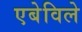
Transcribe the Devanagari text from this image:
एबेविले